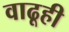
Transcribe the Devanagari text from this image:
वाढूही